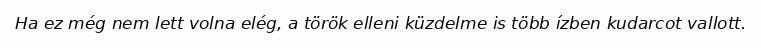
Ha ez még nem lett volna elég, a török elleni küzdelme is több ízben kudarcot vallott.